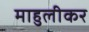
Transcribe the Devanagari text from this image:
माहुलीकर